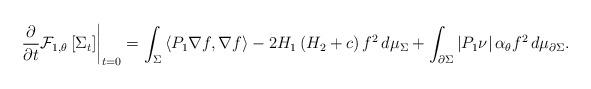
LaTeX: \begin{align*}\left.\frac{\partial}{\partial t}\mathcal{F}_{1,\theta}\left[\Sigma_t\right]\right\vert_{t=0}=\int_\Sigma \left<P_1\nabla f,\nabla f\right>-2H_1\left(H_2+c\right)f^2\,d\mu_\Sigma+\int_{\partial\Sigma}\left\vert{P_1\nu}\right\vert\alpha_\theta f^2\,d\mu_{\partial\Sigma}.\end{align*}